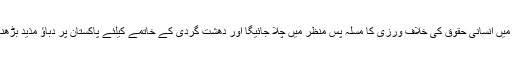
جس سے کشمیر میں انسانی حقوق کی خلاف ورزی کا مسلہ پس منظر میں چلا جائیگا اور دھشت گردی کے خاتمے کیلئے پاکستان پر دباؤ مذید بڑھنے کا امکان ھے۔